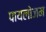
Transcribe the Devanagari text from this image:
पायलोजम